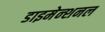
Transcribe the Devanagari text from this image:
डाइमेन्शनल